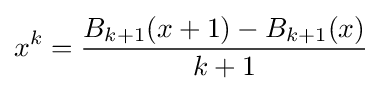
x^{k}={\frac {B_{k+1}(x+1)-B_{k+1}(x)}{k+1}}